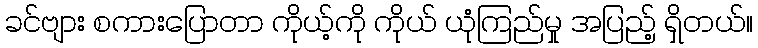
ခင်ဗျား စကားပြောတာ ကိုယ့်ကို ကိုယ် ယုံကြည်မှု အပြည့် ရှိတယ်။